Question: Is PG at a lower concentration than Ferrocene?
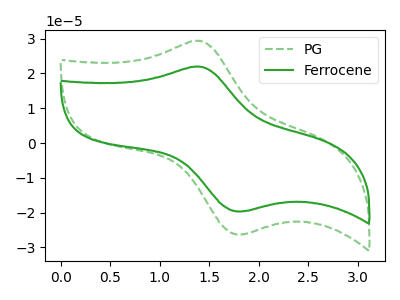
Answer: <think>The green dashed curve "PG" has an anodic peak at (1.40V, 29.35uA) and a cathodic peak at (1.85V, -26.20uA). The green curve "Ferrocene" has an anodic peak at (1.40V, 21.95uA) and a cathodic peak at (1.85V, -19.60uA).
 All the peaks in "Ferrocene" have a peak in "PG" at the same potential. Every peak in "Ferrocene" is lower than every peak in "PG".</think>
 <answer>"Ferrocene" has less signal than "PG" and so likely has a lower concentration.</answer>
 <eval>less_concentration</eval>